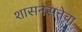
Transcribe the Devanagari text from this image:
शासनसत्तेचा